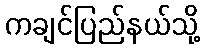
ကချင်ပြည်နယ်သို့